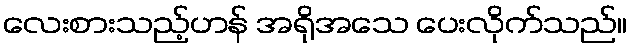
လေးစားသည့်ဟန် အရိုအသေ ပေးလိုက်သည်။